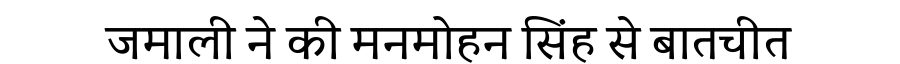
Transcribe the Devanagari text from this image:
जमाली ने की मनमोहन सिंह से बातचीत